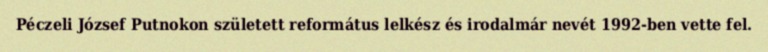
Péczeli József Putnokon született református lelkész és irodalmár nevét 1992-ben vette fel.